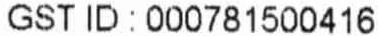
GST ID : 000781500416